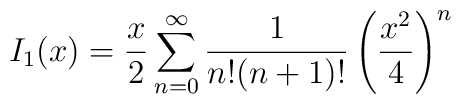
I_1(x)=\frac{x}{2}\sum_{n=0}^{\infty}\frac{1}{n!(n+1)!}  \left(\frac{x^2}{4}\right)^{n}